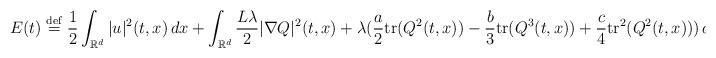
LaTeX: \begin{align*}E(t)\stackrel{\rm{def}}{=}\frac{1}{2}\int_{\mathbb{R}^d}|u|^2(t,x)\,dx+\int_{\mathbb{R}^d}\frac{L\lambda}{2} |\nabla Q|^2(t,x)+\lambda(\frac{a}{2}\textrm{tr}(Q^2(t,x))-\frac{b}{3}\textrm{tr}(Q^3(t,x))+\frac{c}{4}\textrm{tr}^2(Q^2(t,x)))\,dx\end{align*}